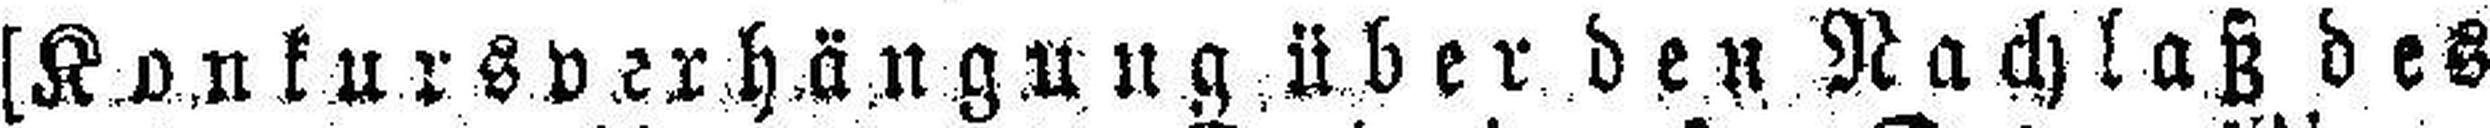
[Konkursverhängung über den Nachlaß des